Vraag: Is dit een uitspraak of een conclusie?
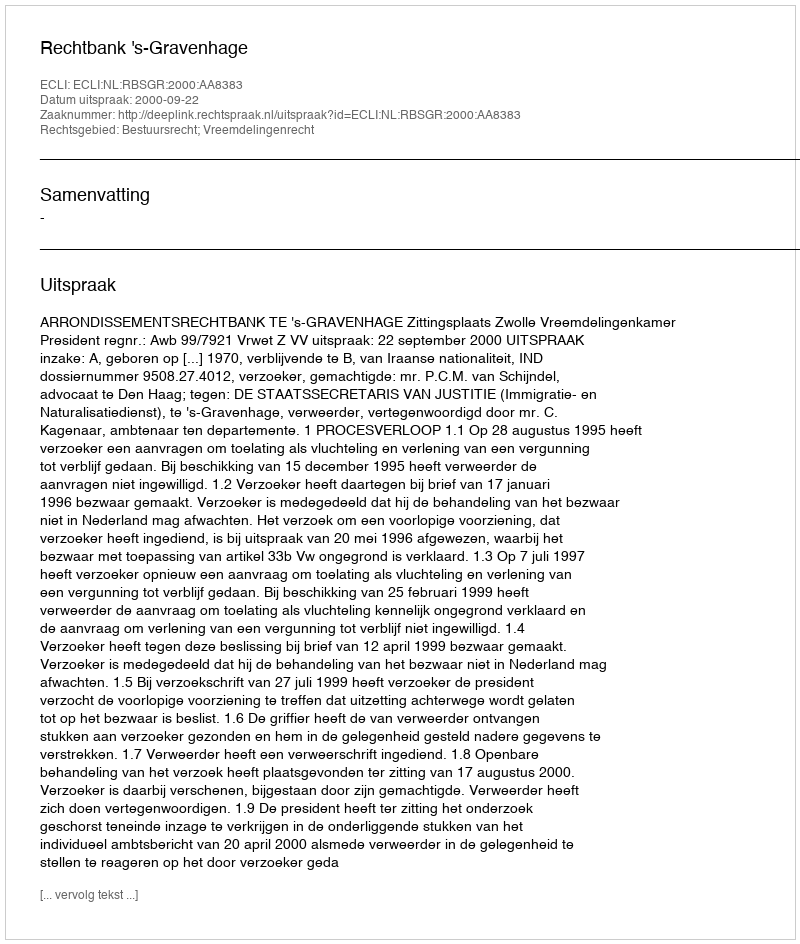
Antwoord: Uitspraak